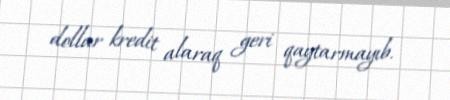
dollar kredit alaraq geri qaytarmayıb.